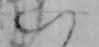
い